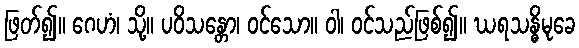
ဖြတ်၍။ ဂေဟံ၊ သို့။ ပဝိသန္တော၊ ဝင်သော။ ဝါ၊ ဝင်သည်ဖြစ်၍။ ဃရသန္ဓိမုခေ